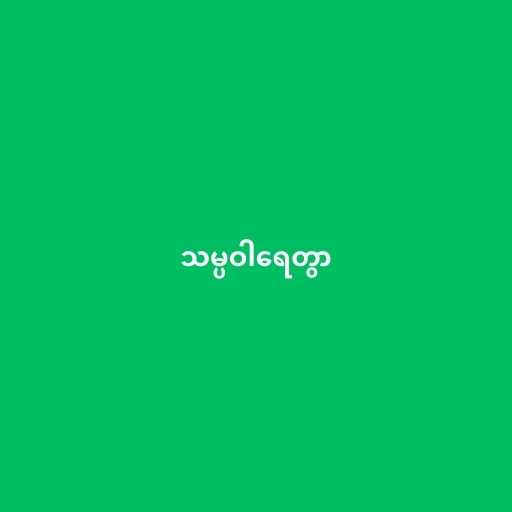
သမ္ပဝါရေတွာ